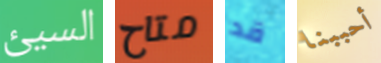
السيئ متاح قد أحببنا